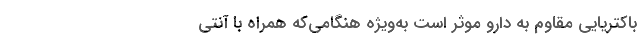
باکتریایی مقاوم به دارو موثر است به‌ویژه هنگامی‌که همراه با آنتی‌